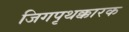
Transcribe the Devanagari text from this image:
जिगपृथक्कारक